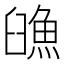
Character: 𩶿